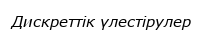
Дискреттік үлестірулер